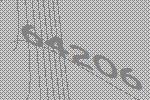
64206